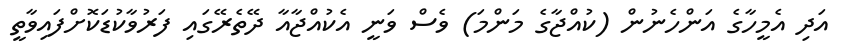
އަދި އެމީހާގެ އަންހެނުން (ކުއްޖާގެ މަންމަ) ވެސް ވަނީ އެކުއްޖާއާ ދޭތެރޭގައި ފަރުވާކުޑަކޮށްފައިވާތީ